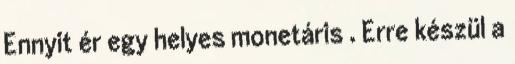
Ennyit ér egy helyes monetáris . Erre készül a